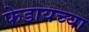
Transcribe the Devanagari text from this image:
फेडायच्या